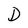
Character: D